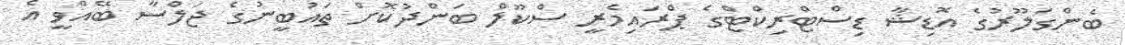
ބެންގަލޫރުގެ އޮޑިޝާ ޑިސްޓްރިކްޓްގެ ޕްރައިމެރީ ސްކޫލް ބަންދުކޮށް ތައުބީނުގެ ޖަލްސާ ބޭއްވީ އެ